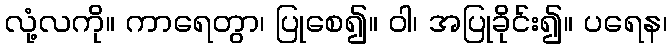
လုံ့လကို။ ကာရေတွာ၊ ပြုစေ၍။ ဝါ၊ အပြုခိုင်း၍။ ပရေန၊